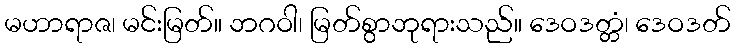
မဟာရာဇ၊ မင်းမြတ်။ ဘဂဝါ၊ မြတ်စွာဘုရားသည်။ ဒေဝဒတ္တံ၊ ဒေဝဒတ်